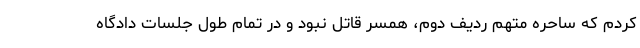
کردم که ساحره متهم ردیف دوم، همسر قاتل نبود و در تمام طول جلسات دادگاه